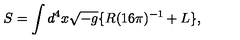
S = \int { d ^ { 4 } x \sqrt { - g } \{ R ( 1 6 \pi ) ^ { - 1 } + L \} } ,